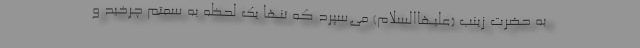
به حضرت زینب (علیهاالسلام) می‌سپرد که تنها یک لحظه به سمتم چرخید و